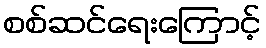
စစ်ဆင်ရေးကြောင့်